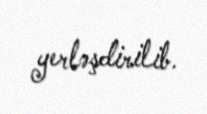
yerləşdirilib.